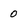
Character: 0